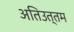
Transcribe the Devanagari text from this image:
अतिउत्‍तम